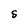
Character: S